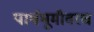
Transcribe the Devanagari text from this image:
पार्श्वभूमीवरच